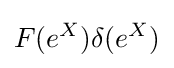
F(e^{X})\delta (e^{X})